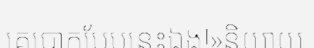
គេបោកបែបនេះឯង!»និយាយ